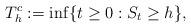
LaTeX: \begin{align*}T_h^c:=\inf\{t\geq 0:S_t\geq h\},\end{align*}